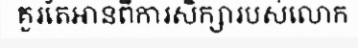
គួរតែអានពីការសិក្សារបស់លោក